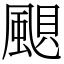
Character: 𩗗